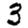
Digit: 3